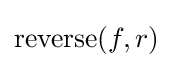
\operatorname {reverse} (f,r)